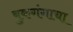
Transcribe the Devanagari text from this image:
बुकगंगाचा